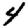
Digit: 4